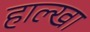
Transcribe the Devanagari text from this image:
हाल्खा